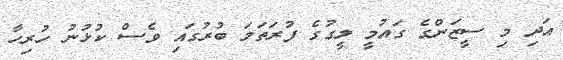
އަދި މި ސީޒަންގެ ގައުމީ ލީގުގެ ފުރަތަމަ ބުރުގައި ވެސް ކުޅުނު ހުރިހާ